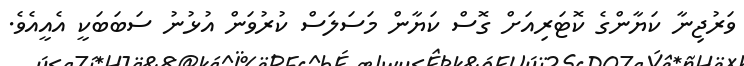
ވަރުޖިނާ ކަޔާންގެ ކޮޓަރިއަށް ގޮސް ކަޔާން މަސަލަސް ކުރުވަން އުޅުނު ސަބަބަކީ އެއީއެވެ.